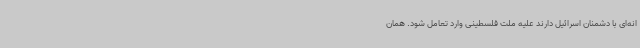
انه‌ای با دشمنان اسرائیل دارند علیه ملت فلسطینی وارد تعامل ‌شود. همان